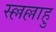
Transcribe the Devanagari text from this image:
स्ल्लल्लाहु